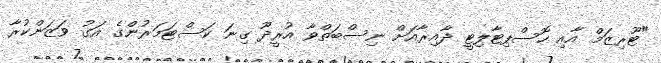
"ޓޫރިޒަމް އާއި ހޮސްޕިޓާލިޓީ ދާއިރާއަށް ނިސްބަތްވާ އުރީދޫ ގިނަ ކަސްޓަމަރުންގެ އަގު ވަޒަންކުރާ